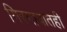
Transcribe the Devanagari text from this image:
गिरगावातही